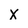
Character: X